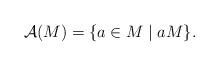
LaTeX: \begin{align*}\mathcal{A}(M) = \{a \in M \mid a M\}.\end{align*}